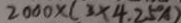
2 0 0 0 \times ( 3 \times 4 . 2 5 ^ { \circ } A )